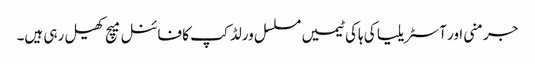
جرمنی اور آسٹریلیا کی ہاکی ٹیمیں مسلسل ورلڈ کپ کا فائنل میچ کھیل رہی ہیں۔